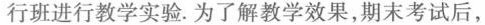
行班进行教学实验.为了解教学效果，期末考试后，